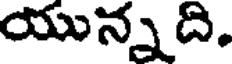
యున్న ది.